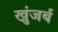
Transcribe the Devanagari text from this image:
खुंजर्ब